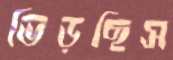
ভিড়ছিস